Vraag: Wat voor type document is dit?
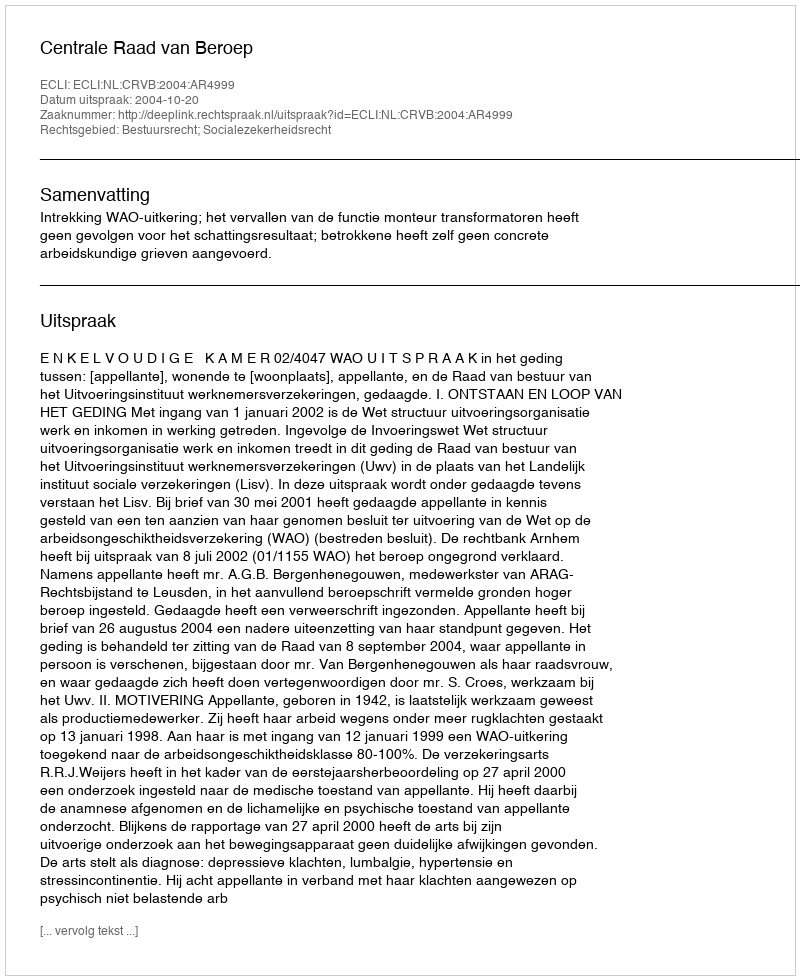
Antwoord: Uitspraak